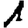
Digit: 1